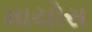
માયોસ